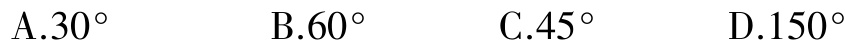
A.$30^{\circ}$  B.$60^{\circ}$  C.$45^{\circ}$  D.$150^{\circ}$